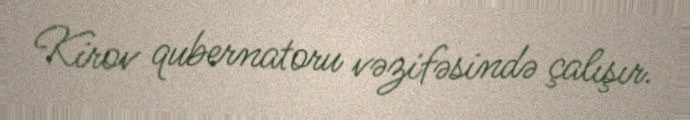
Kirov qubernatoru vəzifəsində çalışır.